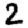
Digit: 2